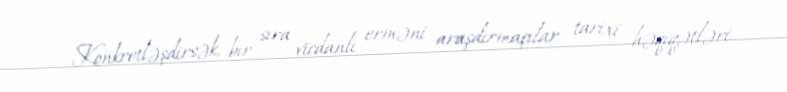
Konkretləşdirsək, bir sıra vicdanlı erməni araşdırmaçılar tarixi həqiqətləri